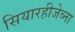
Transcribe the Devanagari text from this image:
सियारहीजेव्ना